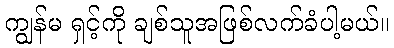
ကျွန်မ ရှင့်ကို ချစ်သူအဖြစ်လက်ခံပါ့မယ်။